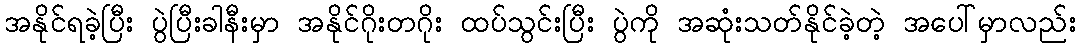
အနိုင်ရခဲ့ပြီး ပွဲပြီးခါနီးမှာ အနိုင်ဂိုးတဂိုး ထပ်သွင်းပြီး ပွဲကို အဆုံးသတ်နိုင်ခဲ့တဲ့ အပေါ်မှာလည်း